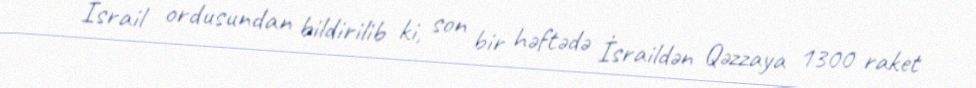
İsrail ordusundan bildirilib ki, son bir həftədə İsraildən Qəzzaya 1300 raket